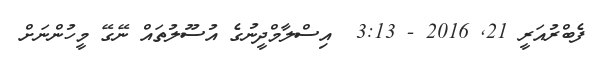
ފެބްރުއަރީ 21